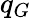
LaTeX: q_{G}